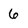
Character: 6